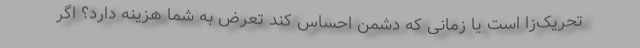
تحریک‌زا است یا زمانی که دشمن احساس کند تعرض به شما هزینه دارد؟ اگر